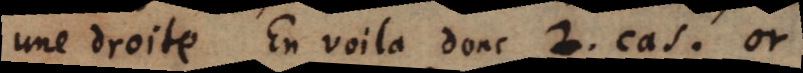
une droite En voila donc 2. cas. or